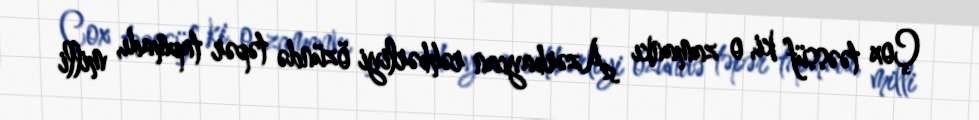
Çox təəssüf ki, o zamankı Azərbaycan rəhbərliyi özündə təpər tapmadı, milli